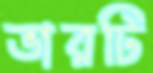
ভারটি